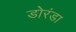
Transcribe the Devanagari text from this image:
डोरंडा